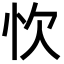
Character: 忺